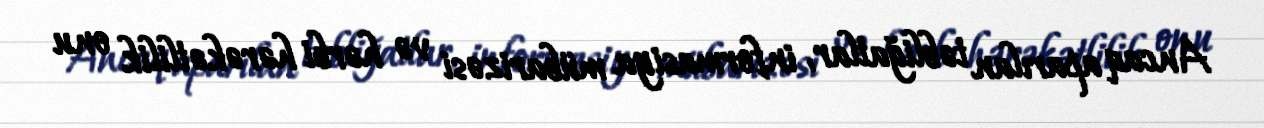
Ancaq aparılan təbliğatlar, informasiya mübarizəsi və hərbi hərəkətlilik onu